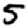
Digit: 5